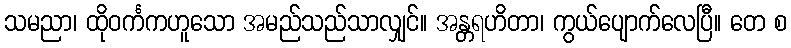
သမညာ၊ ထိုဝင်္ကကဟူသော အမည်သည်သာလျှင်။ အန္တရဟိတာ၊ ကွယ်ပျောက်လေပြီ။ တေ စ